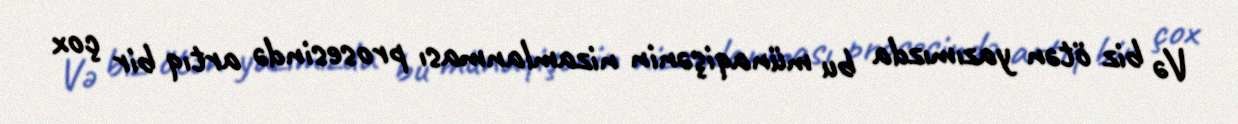
Və biz ötən yazımızda bu münaqişənin nizamlanması prosesində artıq bir çox